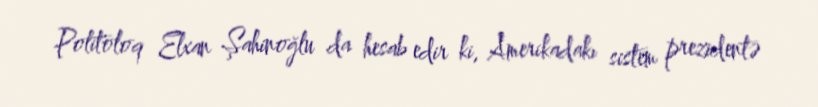
Politoloq Elxan Şahinoğlu da hesab edir ki, Amerikadakı sistem prezidentə